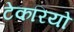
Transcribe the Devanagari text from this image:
टेकरियो